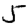
Digit: 5